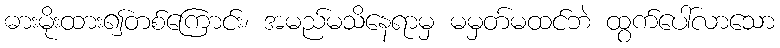
ဓားမိုးထား၍တစ်ကြောင်း၊ အမည်မသိနေရာမှ မမှတ်မထင်ဘဲ ထွက်ပေါ်လာသော